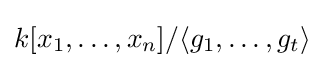
k[x_{1},\ldots ,x_{n}]/\langle g_{1},\ldots ,g_{t}\rangle